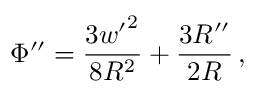
\Phi ^ { \prime \prime } = \frac { 3 { w ^ { \prime } } ^ { 2 } } { 8 R ^ { 2 } } + \frac { 3 R ^ { \prime \prime } } { 2 R } \, ,